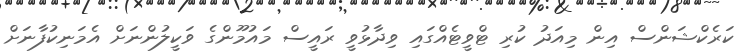
ކަރެކްޝަންސް އިން މިއަދު ކުރި ޓްވީޓެއްގައި ވިދާޅުވީ ރައީސް މައުމޫންގެ ވަކީލުންނަށް އެމަނިކުފާނަށް